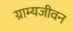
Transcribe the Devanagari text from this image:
ग्राम्यजीवन